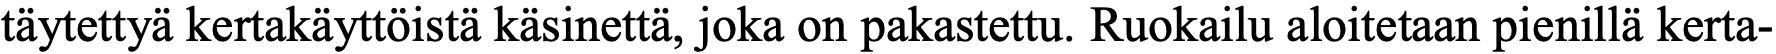
täytettyä kertakäyttöistä käsinettä, joka on pakastettu. Ruokailu aloitetaan pienillä kerta-